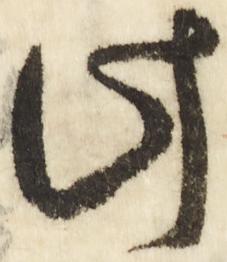
此